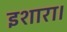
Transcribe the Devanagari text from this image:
इशारा।